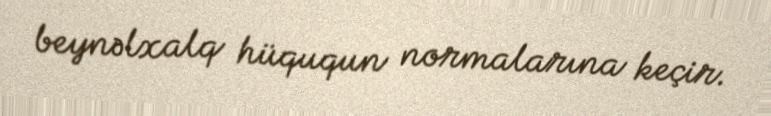
beynəlxalq hüququn normalarına keçir.